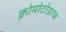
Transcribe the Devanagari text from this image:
क्रोमोटोग्राफ